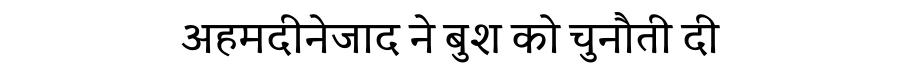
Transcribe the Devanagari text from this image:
अहमदीनेजाद ने बुश को चुनौती दी